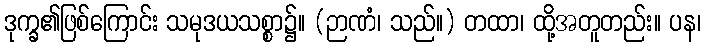
ဒုက္ခ၏ဖြစ်ကြောင်း သမုဒယသစ္စာ၌။ (ဉာဏံ၊ သည်။) တထာ၊ ထို့အတူတည်း။ ပန၊